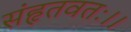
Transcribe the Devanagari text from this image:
संहृतवतः।।